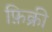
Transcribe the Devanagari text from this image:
फ़िक्री